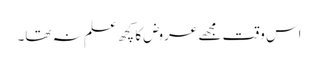
اس وقت مجھے عروض کا کچھ علم نہ تھا۔